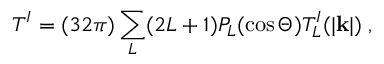
T ^ { I } = ( 3 2 \pi ) \sum _ { L } ( 2 L + 1 ) P _ { L } ( \cos \Theta ) T _ { L } ^ { I } ( | { \bf k } | ) \; ,